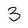
Character: 3